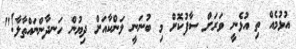
އުޅުމެއް ތި އުޅެނީ ވަރަށް ސާފުކޮށް މި ބުނަނީ ލަންކާއަށް ދިޔުން ހަނދާންނައްތާލާ!"